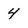
Character: 4